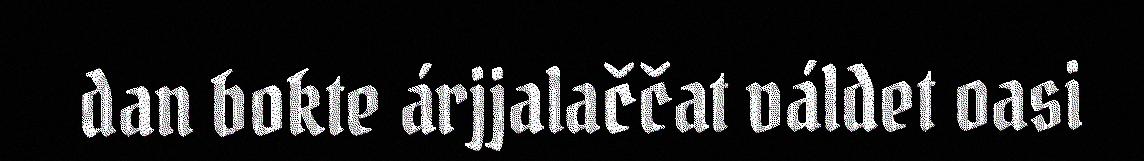
dan bokte árjjalaččat váldet oasi